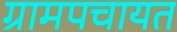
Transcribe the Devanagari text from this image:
ग्रामपचायत